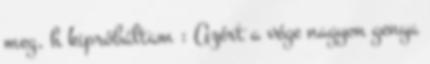
meg, h kipróbáltam : Azért a vége nagyon genya